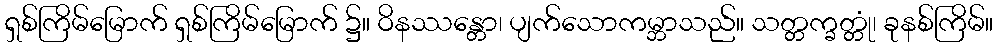
ရှစ်ကြိမ်မြောက် ရှစ်ကြိမ်မြောက် ၌။ ဝိနဿန္တော၊ ပျက်သောကမ္ဘာသည်။ သတ္တက္ခတ္တုံ၊ ခုနစ်ကြိမ်။